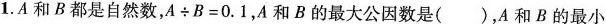
1.A和B都是自然数，$$A \div B = 0 . 1$$，A和B的最大公因数是()，A和B的最小